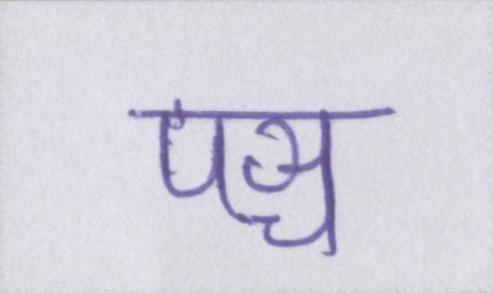
पञ्च